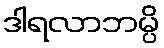
ဒါရလာဘမ္ပိ